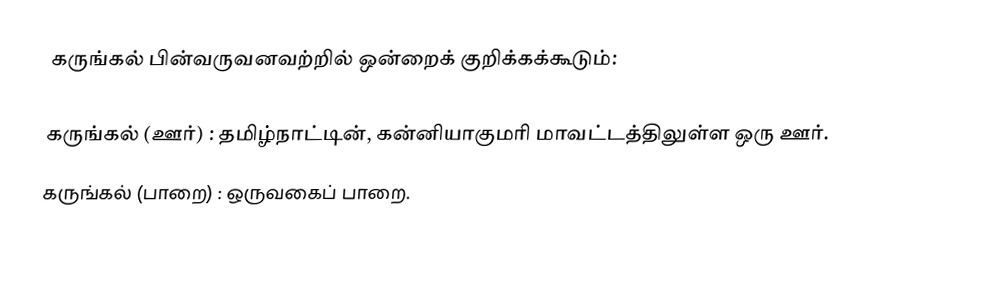
கருங்கல் பின்வருவனவற்றில் ஒன்றைக் குறிக்கக்கூடும்:

 கருங்கல் (ஊர்) : தமிழ்நாட்டின், கன்னியாகுமரி மாவட்டத்திலுள்ள ஒரு ஊர்.
 கருங்கல் (பாறை) : ஒருவகைப் பாறை.